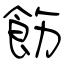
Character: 飭